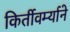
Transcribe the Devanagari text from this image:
किर्तीवर्म्याने